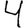
Digit: 4